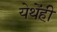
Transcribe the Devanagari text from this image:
येथेंही